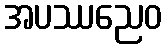
အပဿညေဝ